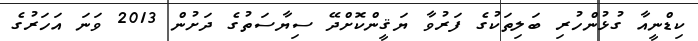
ކިޑްނީއާ ގުޅުންހުރި ބަލިތަކުގެ ފަރުވާ ޔަޤީންކޮށްދޭ ސިޔާސަތުގެ ދަށުން 2013 ވަނަ އަހަރުގެ